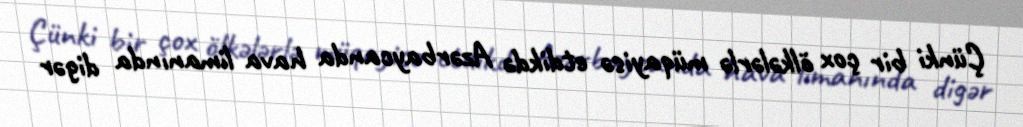
Çünki bir çox ölkələrlə müqayisə etdikdə Azərbaycanda hava limanında digər